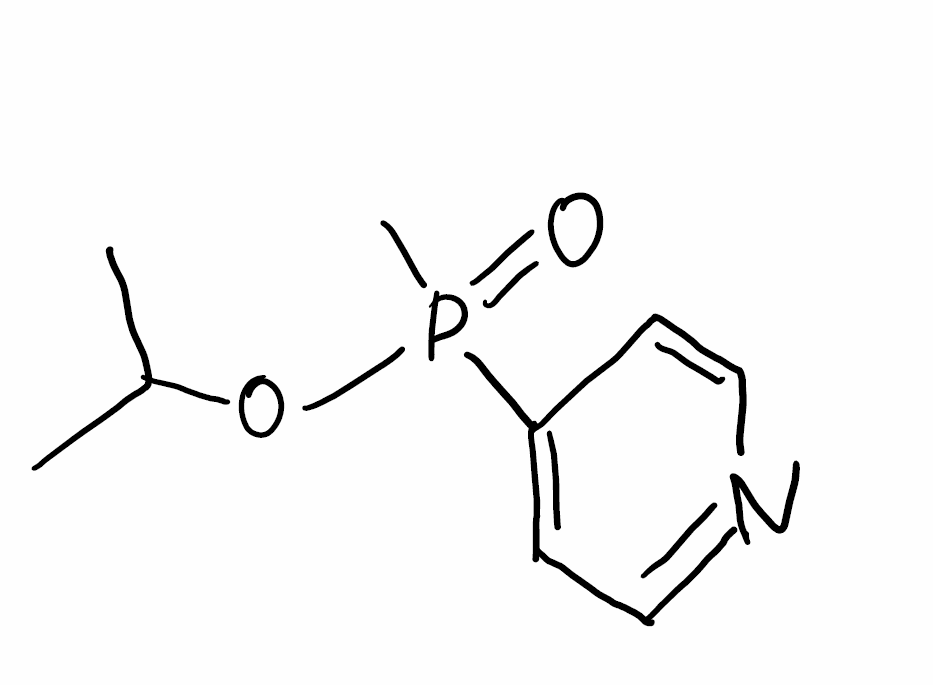
Simplified molecular-input line-entry system (SMILES) notation of the given molecule:
CC(C)OP(=O)(C)C1=CC=NC=C1